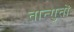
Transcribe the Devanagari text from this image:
तान्गुतों